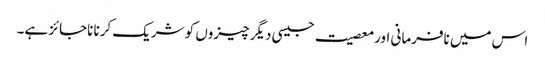
اس میں نافرمانی اور معصیت جیسی دیگر چیزوں کو شریک کرنا ناجائز ہے۔